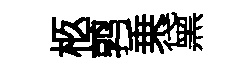
柩鹑乗黛